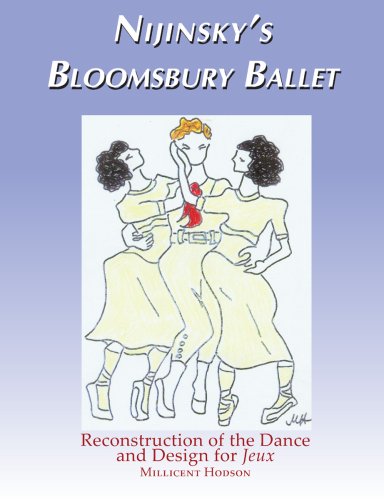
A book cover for Nijinsky's Bloomsbury Ballet: Reconstruction of the Dance & Design for Jeux (Dance and Music Series) (Wendy Hilton Dance and Music Series); Millicent Hodson; Humor & Entertainment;